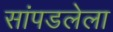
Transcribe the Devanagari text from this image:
सांपडलेला